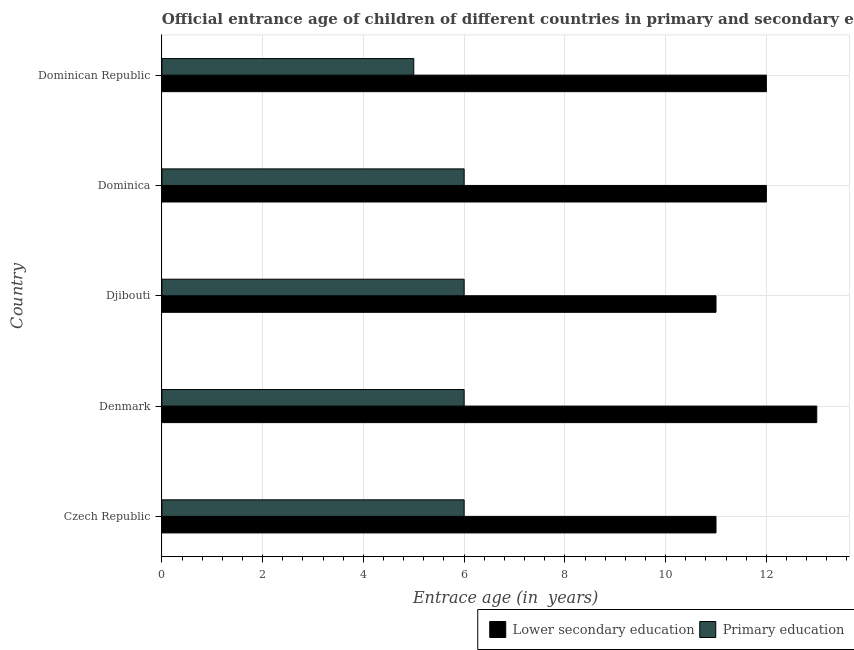
| Country | Lower secondary education | Primary education |
 | --- | --- | --- |
 | Czech Republic | 11 | 6 |
 | Denmark | 13 | 6 |
 | Djibouti | 11 | 6 |
 | Dominica | 12 | 6 |
 | Dominican Republic | 12 | 5 |